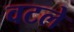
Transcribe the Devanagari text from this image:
वटले